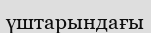
үштарындағы